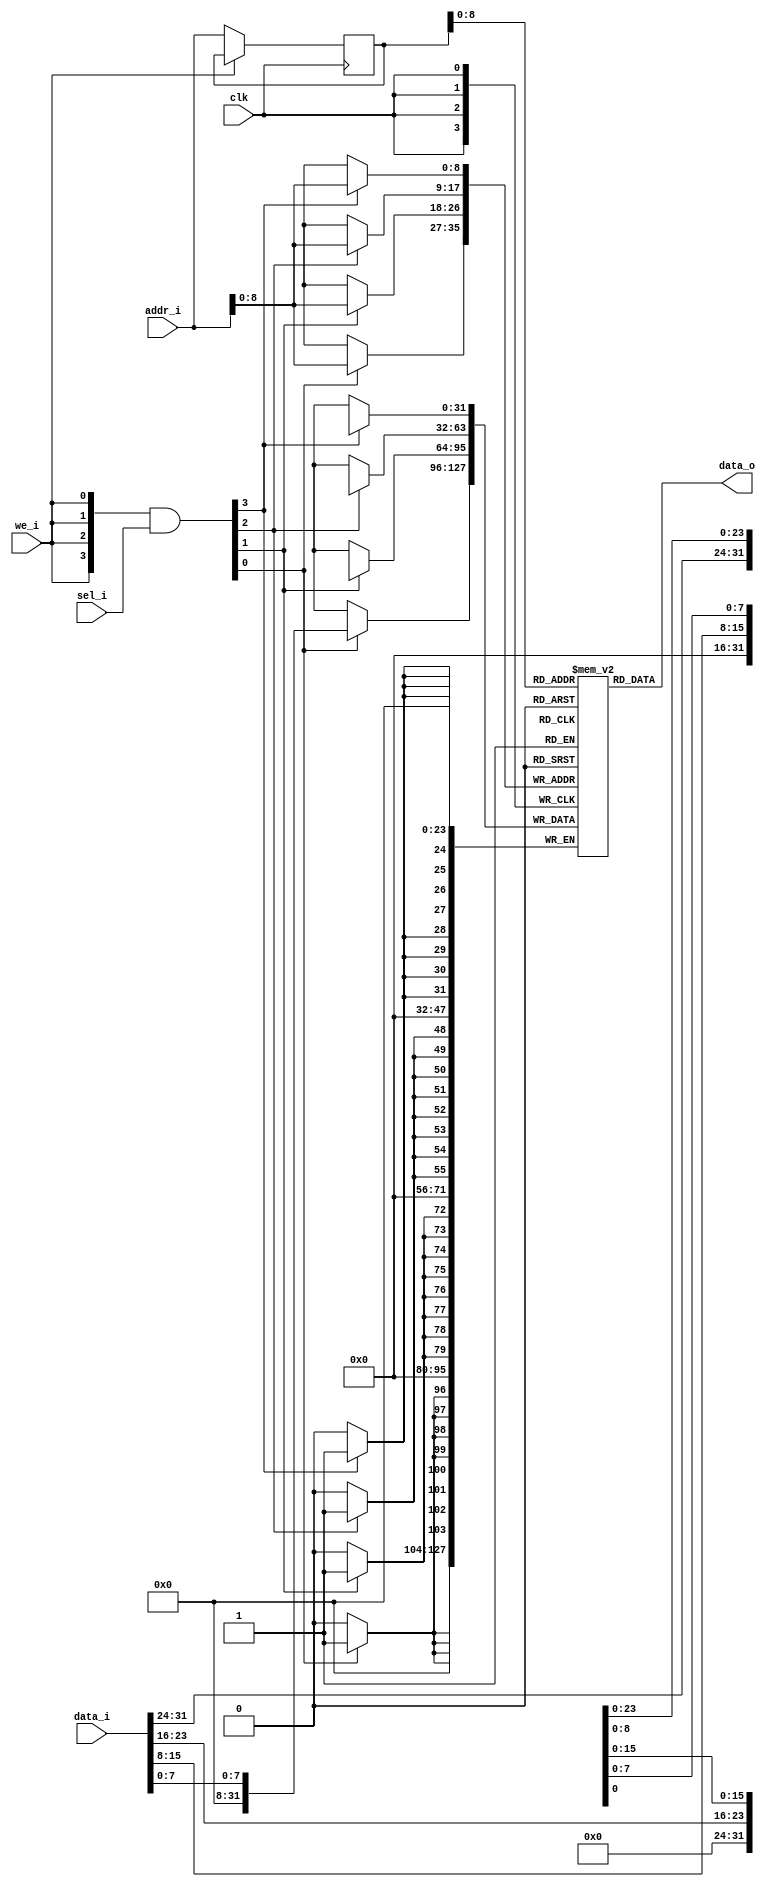
module gen_ram #(
    parameter DP = 512,
    parameter DW = 32,
    parameter MW = 4,
    parameter AW = 32)(

    input wire clk,
    input wire[AW-1:0] addr_i,
    input wire[DW-1:0] data_i,
    input wire[MW-1:0] sel_i,
    input wire we_i,

	output wire[DW-1:0] data_o

    );

    reg[DW-1:0] ram [0:DP-1];
    reg[AW-1:0] addr_r;
    wire[MW-1:0] wen;
    wire ren;

    assign ren = (~we_i);
    assign wen = ({MW{we_i}} & sel_i);

    always @ (posedge clk) begin
        if (ren) begin
            addr_r <= addr_i;
        end
    end

    assign data_o = ram[addr_r];

    genvar i;

    generate
        for (i = 0; i < MW; i = i + 1) begin: sel_width
            if ((8 * i + 8) > DW) begin: i_gt_8
                always @ (posedge clk) begin: i_gt_8_ff
                    if (wen[i]) begin: gt_8_wen
                        ram[addr_i][DW-1:8*i] <= data_i[DW-1:8*i];
                    end
                end
            end else begin: i_lt_8
                always @ (posedge clk) begin: i_lt_8_ff
                    if (wen[i]) begin: lt_8_wen
                        ram[addr_i][8*i+7:8*i] <= data_i[8*i+7:8*i];
                    end
                end
            end
        end
    endgenerate

endmodule